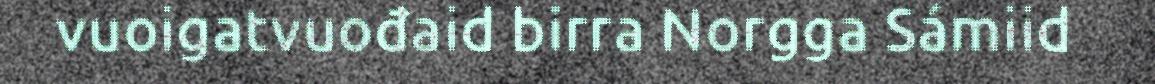
vuoigatvuođaid birra Norgga Sámiid